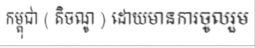
កម្ពុជា ( តិចណូ ) ដោយមានការចូលរួម